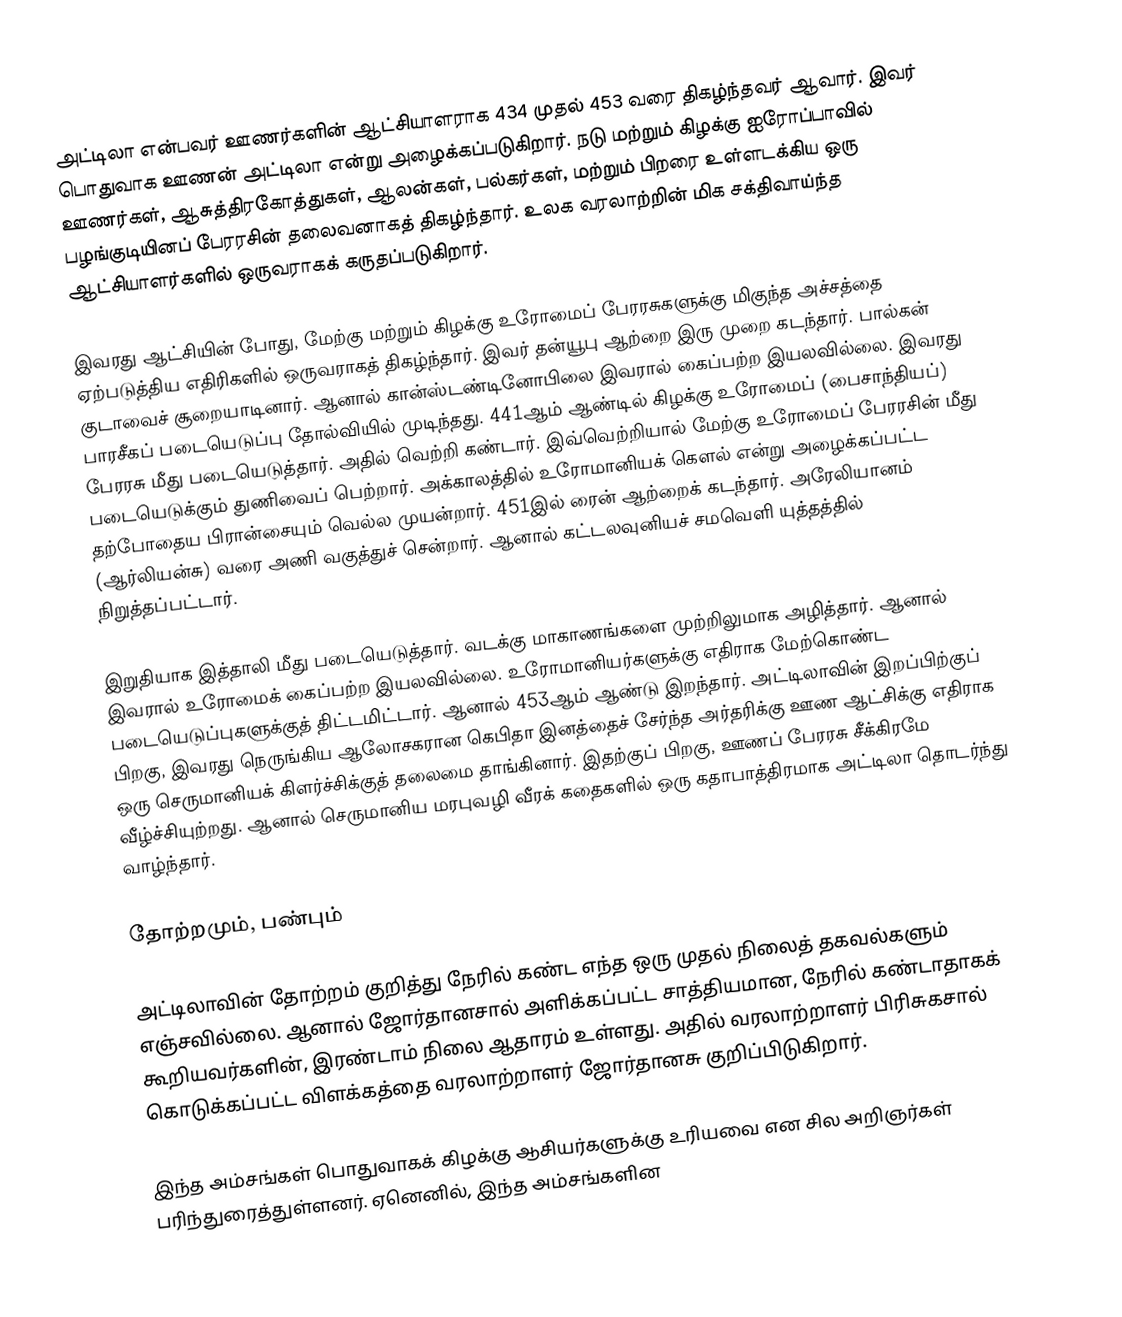
அட்டிலா என்பவர் ஊணர்களின் ஆட்சியாளராக 434 முதல் 453 வரை திகழ்ந்தவர் ஆவார். இவர் பொதுவாக ஊணன் அட்டிலா என்று அழைக்கப்படுகிறார். நடு மற்றும் கிழக்கு ஐரோப்பாவில் ஊணர்கள், ஆசுத்திரகோத்துகள், ஆலன்கள், பல்கர்கள், மற்றும் பிறரை உள்ளடக்கிய ஒரு பழங்குடியினப் பேரரசின் தலைவனாகத் திகழ்ந்தார். உலக வரலாற்றின் மிக சக்திவாய்ந்த ஆட்சியாளர்களில் ஒருவராகக் கருதப்படுகிறார்.

இவரது ஆட்சியின் போது, மேற்கு மற்றும் கிழக்கு உரோமைப் பேரரசுகளுக்கு மிகுந்த அச்சத்தை ஏற்படுத்திய எதிரிகளில் ஒருவராகத் திகழ்ந்தார். இவர் தன்யூபு ஆற்றை இரு முறை கடந்தார். பால்கன் குடாவைச் சூறையாடினார். ஆனால் கான்ஸ்டண்டினோபிலை இவரால் கைப்பற்ற இயலவில்லை. இவரது பாரசீகப் படையெடுப்பு தோல்வியில் முடிந்தது. 441ஆம் ஆண்டில் கிழக்கு உரோமைப் (பைசாந்தியப்) பேரரசு மீது படையெடுத்தார். அதில் வெற்றி கண்டார். இவ்வெற்றியால் மேற்கு உரோமைப் பேரரசின் மீது படையெடுக்கும் துணிவைப் பெற்றார். அக்காலத்தில் உரோமானியக் கௌல் என்று அழைக்கப்பட்ட தற்போதைய பிரான்சையும் வெல்ல முயன்றார். 451இல் ரைன் ஆற்றைக் கடந்தார். அரேலியானம் (ஆர்லியன்சு) வரை அணி வகுத்துச் சென்றார். ஆனால் கட்டலவுனியச் சமவெளி யுத்தத்தில் நிறுத்தப்பட்டார்.

இறுதியாக இத்தாலி மீது படையெடுத்தார். வடக்கு மாகாணங்களை முற்றிலுமாக அழித்தார். ஆனால் இவரால் உரோமைக் கைப்பற்ற இயலவில்லை. உரோமானியர்களுக்கு எதிராக மேற்கொண்ட படையெடுப்புகளுக்குத் திட்டமிட்டார். ஆனால் 453ஆம் ஆண்டு இறந்தார். அட்டிலாவின் இறப்பிற்குப் பிறகு, இவரது நெருங்கிய ஆலோசகரான கெபிதா இனத்தைச் சேர்ந்த அர்தரிக்கு ஊண ஆட்சிக்கு எதிராக ஒரு செருமானியக் கிளர்ச்சிக்குத் தலைமை தாங்கினார். இதற்குப் பிறகு, ஊணப் பேரரசு சீக்கிரமே வீழ்ச்சியுற்றது. ஆனால் செருமானிய மரபுவழி வீரக் கதைகளில் ஒரு கதாபாத்திரமாக அட்டிலா தொடர்ந்து வாழ்ந்தார்.

தோற்றமும், பண்பும்

அட்டிலாவின் தோற்றம் குறித்து நேரில் கண்ட எந்த ஒரு முதல் நிலைத் தகவல்களும் எஞ்சவில்லை. ஆனால் ஜோர்தானசால் அளிக்கப்பட்ட சாத்தியமான, நேரில் கண்டாதாகக் கூறியவர்களின், இரண்டாம் நிலை ஆதாரம் உள்ளது. அதில் வரலாற்றாளர் பிரிசுகசால் கொடுக்கப்பட்ட விளக்கத்தை வரலாற்றாளர் ஜோர்தானசு குறிப்பிடுகிறார்.

இந்த அம்சங்கள் பொதுவாகக் கிழக்கு ஆசியர்களுக்கு உரியவை என சில அறிஞர்கள் பரிந்துரைத்துள்ளனர். ஏனெனில், இந்த அம்சங்களின